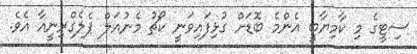
ސިޓީގެ މި ކާމިޔާބީ އެންމެ ބޮޑަށް ގުޅިފައިވަނީ ކޯޗު މެނުއަލް ޕެލެގްރިނީއާ އެވެ.